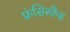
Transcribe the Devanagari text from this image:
फ्रंसिस्कैंस